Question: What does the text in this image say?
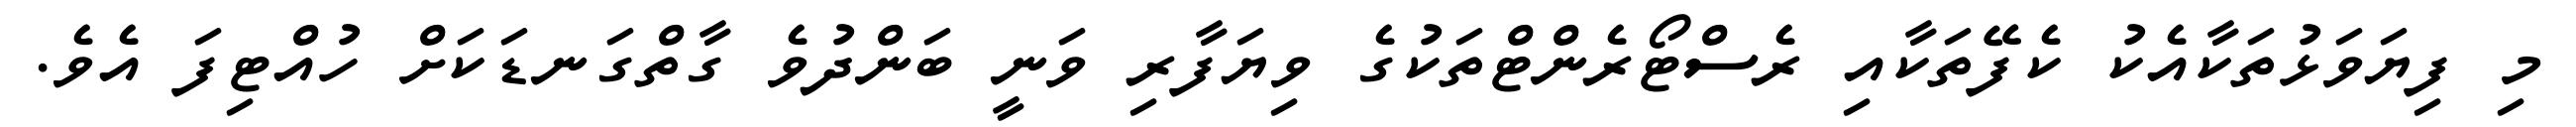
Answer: މި ފިޔަވަޅުތަކާއެކު ކެފޭތަކާއި ރެސްޓޯރެންޓްތަކުގެ ވިޔަފާރި ވަނީ ބަންދުވެ ގާތްގަނޑަކަށް ހުއްޓިފަ އެވެ.